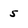
Character: 5